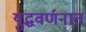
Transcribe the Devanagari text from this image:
युद्धवर्णनात